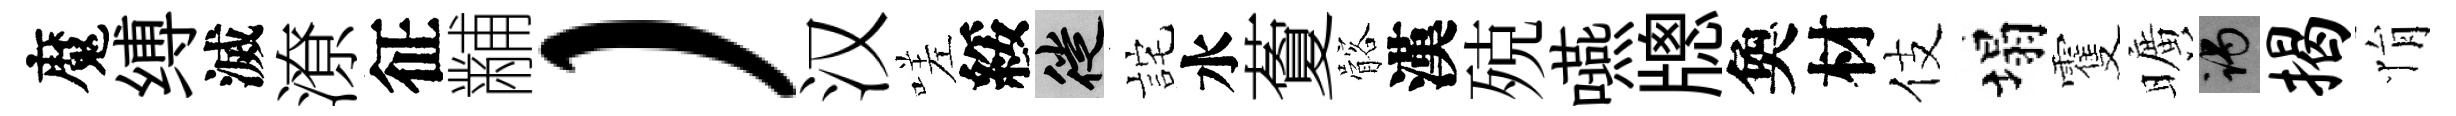
魔缚滅潦征黼）汉嗟綏徙詫水藑髂漢殑嚥牕奐材伎塌䨥曠谒揭悁